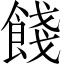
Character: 餞